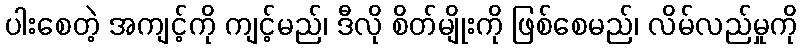
ပါးစေတဲ့ အကျင့်ကို ကျင့်မည်၊ ဒီလို စိတ်မျိုးကို ဖြစ်စေမည်၊ လိမ်လည်မှုကို